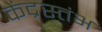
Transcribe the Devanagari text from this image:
केंद्रस्तंभ